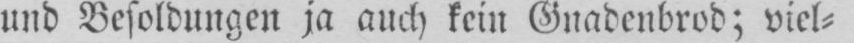
und Besoldungen ja auch kein Gnadenbrod; viel⸗